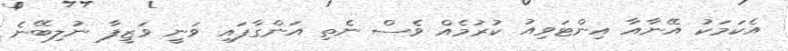
އެކަމަކު އޭނާއާ އިންޓަވިއު ކުރުމެއް ވެސް ނެތި އަންގާފައި ވަނީ ވަޒީފާ ނުލިބޭނެ